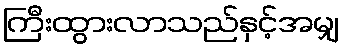
ကြီးထွားလာသည်နှင့်အမျှ